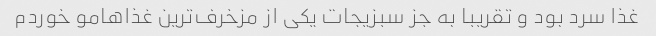
غذا سرد بود و تقریبا به جز سبزیجات یکی از مزخرف‌ترین غذاهامو خوردم